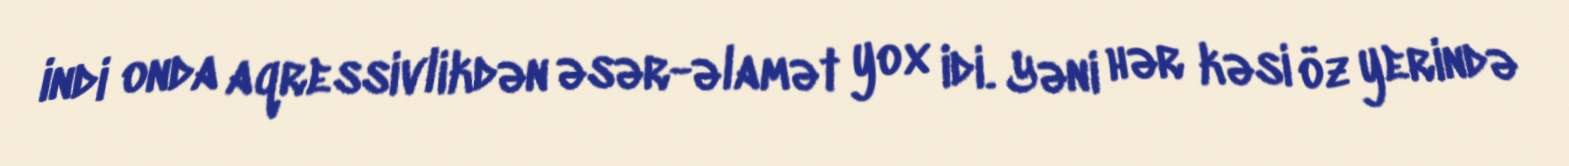
indi onda aqressivlikdən əsər-əlamət yox idi. Yəni hər kəsi öz yerində